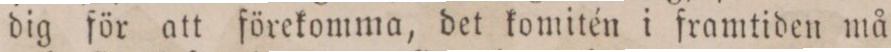
dig för att förekomma, det komitén i framtiden må